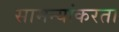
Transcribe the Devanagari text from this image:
सामन्यांकरता